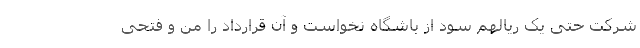
شرکت حتی یک ریالهم سود از باشگاه نخواست و آن قرارداد را من و فتحی